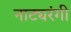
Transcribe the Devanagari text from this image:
नाट्यरंगी